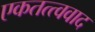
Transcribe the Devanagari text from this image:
एकतत्त्ववाद